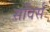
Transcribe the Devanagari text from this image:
सविर्स